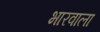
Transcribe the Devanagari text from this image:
भारवाला